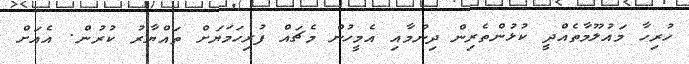
ހުރިހާ މައުލޫމާތެއްދީ ކުޅުންތެރިން ދިނުމާއި އެމީހުން މެޗައް ފުރިހަމަޔަށް ތައްޔާރު ކުރުން. އެއަށް